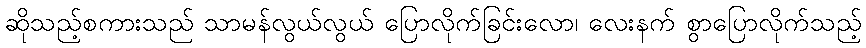
ဆိုသည့်စကားသည် သာမန်လွယ်လွယ် ပြောလိုက်ခြင်းလော၊ လေးနက် စွာပြောလိုက်သည့်